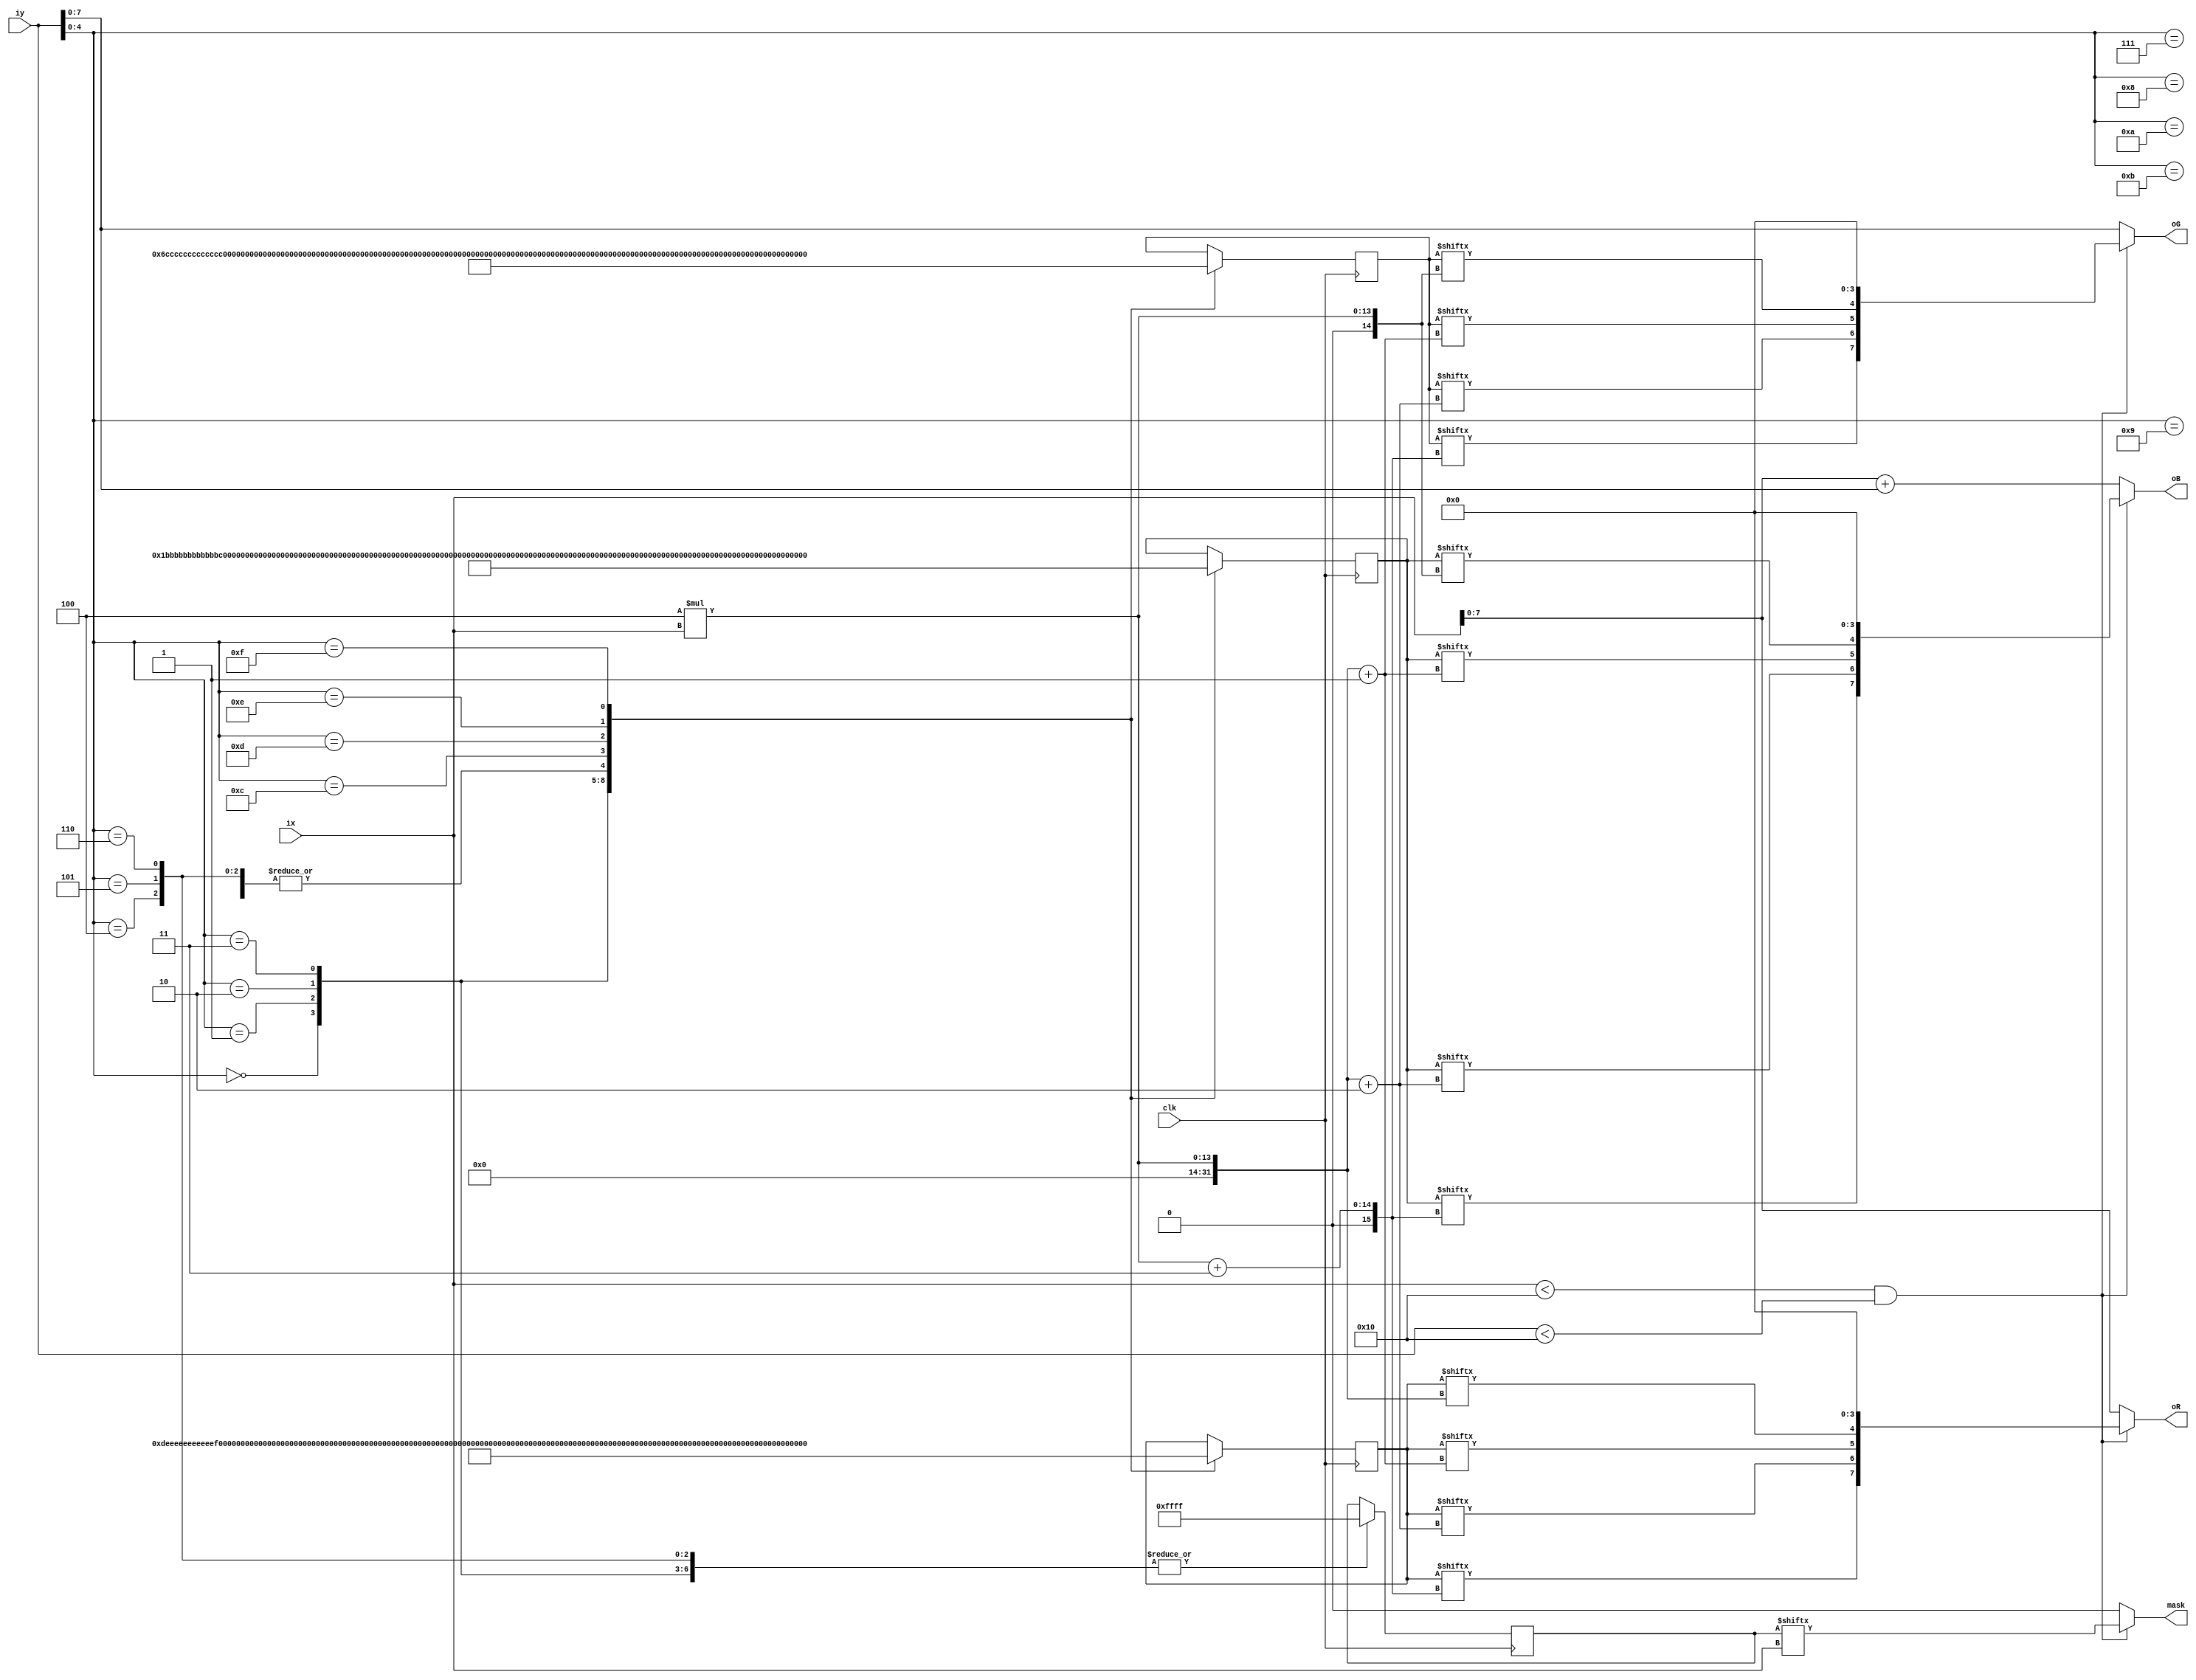
module block(ix,iy,oR,oG,oB,mask,clk);
input clk;
input [10:0] ix;
input [10:0] iy;
output [7:0] oR;
output [7:0] oG;
output [7:0] oB;
output mask;
reg [64:0] block_r;
reg [64:0] block_g;
reg [64:0] block_b;
reg [16:0] block_a;
parameter x_size = 16,y_size = 16;
wire mask;

assign oR = (ix<x_size&&iy<y_size)?{block_r[4*ix+3],block_r[4*ix+2],block_r[4*ix+1],block_r[4*ix],4'b0000}:{ix[7:0]};
assign oG = (ix<x_size&&iy<y_size)?{block_g[4*ix+3],block_g[4*ix+2],block_g[4*ix+1],block_g[4*ix],4'b0000}:{iy[7:0]};
assign oB = (ix<x_size&&iy<y_size)?{block_b[4*ix+3],block_b[4*ix+2],block_b[4*ix+1],block_b[4*ix],4'b0000}:{ix+iy}; 
assign mask = (ix<x_size&&iy<y_size)?{block_a[ix]}:0; 
always @(posedge clk)
begin
case(iy[4:0])
5'd0:block_r=64'hdeeeeeeeeeeeeee1;
5'd1:block_r=64'hedeeeeeeeeeeee11;
5'd2:block_r=64'heedeeeeeeeeee111;
5'd3:block_r=64'heeedeeeeeeee1111;
5'd4:block_r=64'heeeedddddddd1111;
5'd5:block_r=64'heeeedddddddd1111;
5'd6:block_r=64'heeeedddddddd1111;
5'd7:block_r=64'heeeedddddddd1111;
5'd8:block_r=64'heeeedddddddd1111;
5'd9:block_r=64'heeeedddddddd1111;
5'd10:block_r=64'heeeedddddddd1111;
5'd11:block_r=64'heeeedddddddd1111;
5'd12:block_r=64'heee111111111d111;
5'd13:block_r=64'hee11111111111d11;
5'd14:block_r=64'he1111111111111d1;
5'd15:block_r=64'h111111111111111d;
endcase
case(iy[4:0])
5'd0:block_g=64'h6cccccccccccccc1;
5'd1:block_g=64'hc6cccccccccccc11;
5'd2:block_g=64'hcc6cccccccccc111;
5'd3:block_g=64'hccc6cccccccc1111;
5'd4:block_g=64'hcccc666666661111;
5'd5:block_g=64'hcccc666666661111;
5'd6:block_g=64'hcccc666666661111;
5'd7:block_g=64'hcccc666666661111;
5'd8:block_g=64'hcccc666666661111;
5'd9:block_g=64'hcccc666666661111;
5'd10:block_g=64'hcccc666666661111;
5'd11:block_g=64'hcccc666666661111;
5'd12:block_g=64'hccc1111111116111;
5'd13:block_g=64'hcc11111111111611;
5'd14:block_g=64'hc111111111111161;
5'd15:block_g=64'h1111111111111116;
endcase
case(iy[4:0])
5'd0:block_b=64'h1bbbbbbbbbbbbbb1;
5'd1:block_b=64'hb1bbbbbbbbbbbb11;
5'd2:block_b=64'hbb1bbbbbbbbbb111;
5'd3:block_b=64'hbbb1bbbbbbbb1111;
5'd4:block_b=64'hbbbb111111111111;
5'd5:block_b=64'hbbbb111111111111;
5'd6:block_b=64'hbbbb111111111111;
5'd7:block_b=64'hbbbb111111111111;
5'd8:block_b=64'hbbbb111111111111;
5'd9:block_b=64'hbbbb111111111111;
5'd10:block_b=64'hbbbb111111111111;
5'd11:block_b=64'hbbbb111111111111;
5'd12:block_b=64'hbbb1111111111111;
5'd13:block_b=64'hbb11111111111111;
5'd14:block_b=64'hb111111111111111;
5'd15:block_b=64'h1111111111111111;
endcase
case(iy[4:0])
5'd0:block_a=16'b1111111111111111;
5'd1:block_a=16'b1111111111111111;
5'd2:block_a=16'b1111111111111111;
5'd3:block_a=16'b1111111111111111;
5'd4:block_a=16'b1111111111111111;
5'd5:block_a=16'b1111111111111111;
5'd6:block_a=16'b1111111111111111;
5'd7:block_a=16'b1111111111111111;
5'd8:block_a=16'b1111111111111111;
5'd9:block_a=16'b1111111111111111;
5'd10:block_a=16'b1111111111111111;
5'd11:block_a=16'b1111111111111111;
5'd12:block_a=16'b1111111111111111;
5'd13:block_a=16'b1111111111111111;
5'd14:block_a=16'b1111111111111111;
5'd15:block_a=16'b1111111111111111;
endcase
end
endmodule